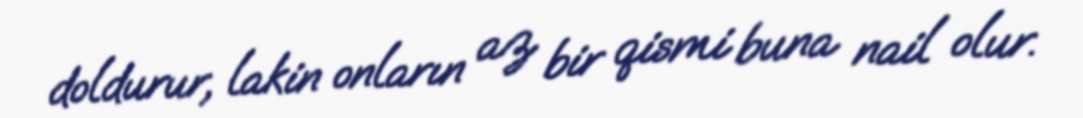
doldurur, lakin onların az bir qismi buna nail olur.